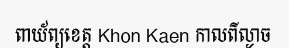
ពាយ័ព្យខេត្ត Khon Kaen កាលពីល្ងាច